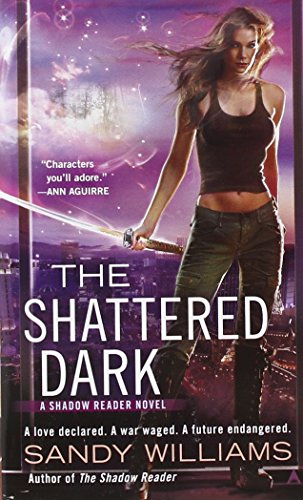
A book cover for The Shattered Dark (A Shadow Reader Novel); Sandy Williams; Science Fiction & Fantasy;